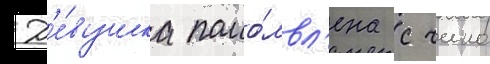
Д'е́вушка помо́лвл'ена с чино